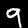
Digit: 9